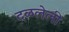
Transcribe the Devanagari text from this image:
दळलेली